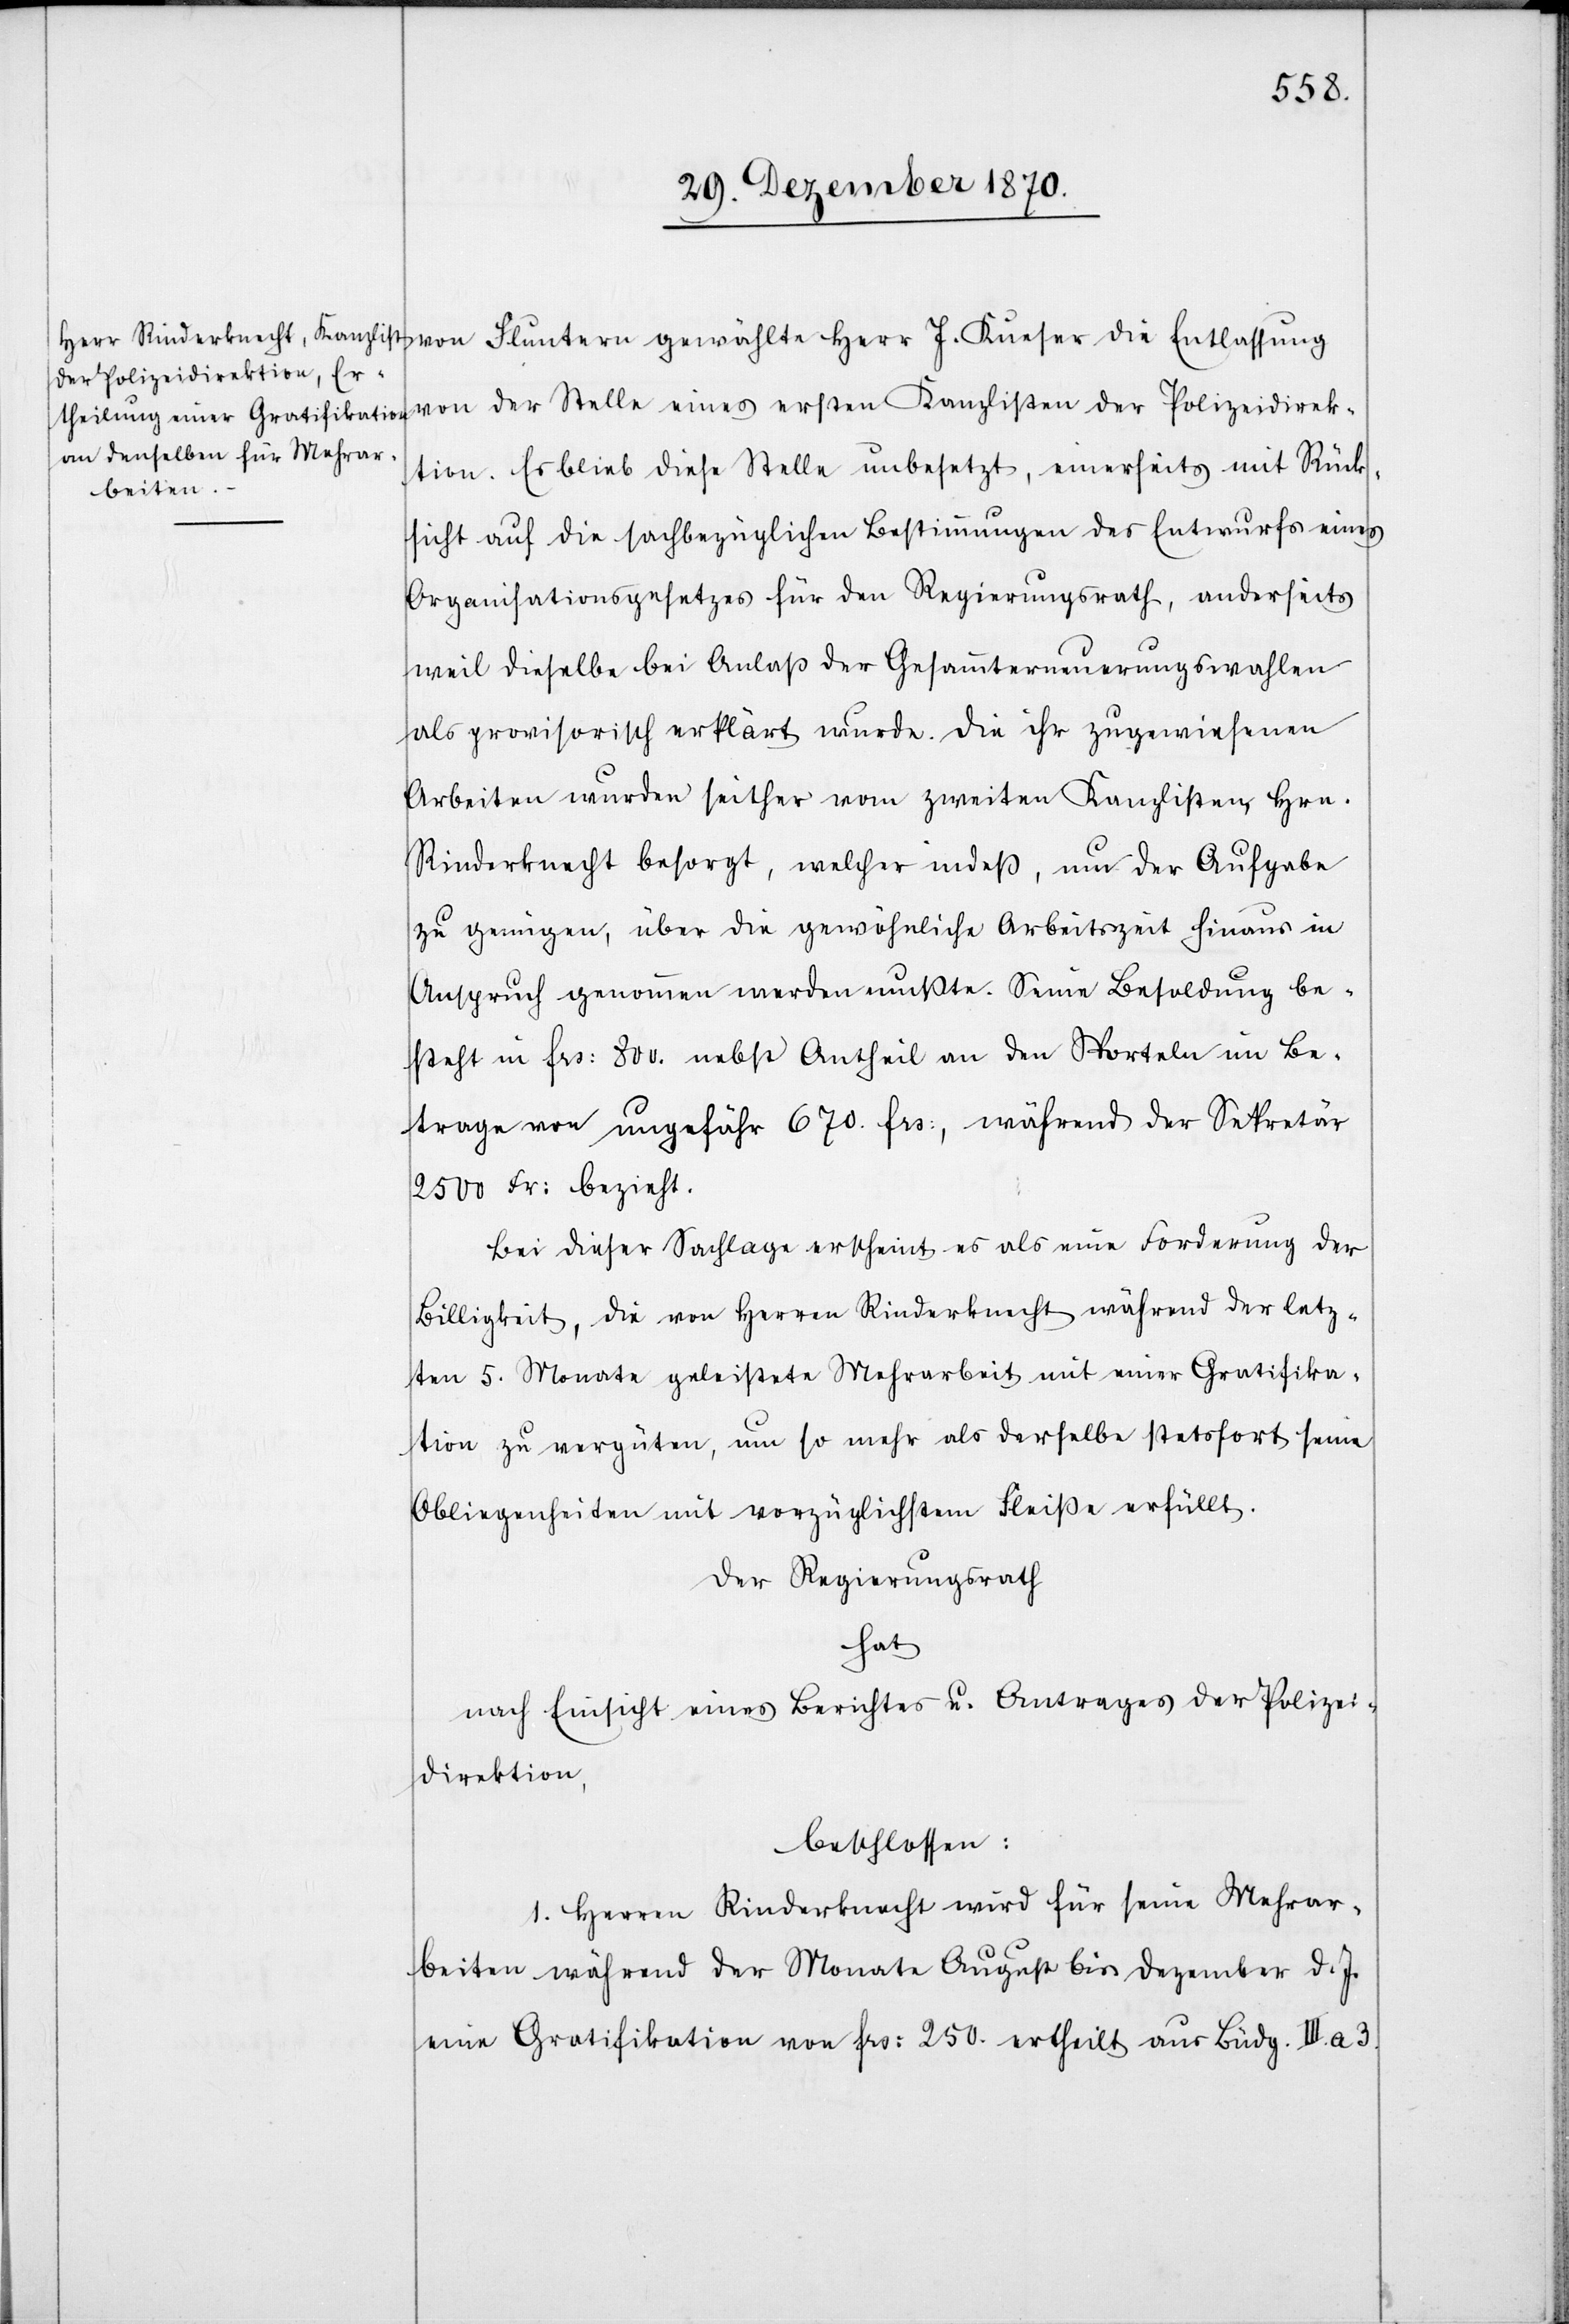
von Fluntern gewählte Herr J. Kuesner die Entlassung
von der Stelle eines ersten Kanzlisten der Polizeidirek¬
tion. Es blieb diese Stelle unbesetzt, einerseits mit Rück¬
sicht auf die sachbezüglichen Bestimmungen des Entwurfes eines
Organisationsgesetzes für den Regierungsrath, anderseits
weil dieselbe bei Anlaß der Gesammterneuerungswahlen
als provisorisch erklärt wurde. Die ihr zugewiesenen
Arbeiten wurden seither vom zweiten Kanzlisten Hrn.
Rinderknecht besorgt, welcher indeß, um der Aufgabe
zu genügen, über die gewöhnliche Arbeitszeit hinaus in
Anspruch genommen werden mußte. Seine Besoldung be¬
steht in Frs: 800. nebst Antheil an den Sporteln im Be¬
trage von ungefähr 670. Frs:, während der Sekretär
2500 Fr: bezieht.
Bei dieser Sachlage erscheint es als eine Forderung der
Billigkeit, die von Herren Rinderknecht während der letz¬
ten 5. Monate geleistete Mehrarbeit mit einer Gratifika¬
tion zu vergüten, um so mehr als derselbe stetsfort seine
Obliegenheiten mit vorzüglichstem Fleiße erfüllt.
Der Regierungsrath
hat
nach Einsicht eines Berichtes u. Antrages der Polizei¬
direktion,
beschlossen:
1. Herren Rinderknecht wird für seine Mehrar¬
beiten während der Monate August bis Dezember d. J.
eine Gratifikation von Frs: 250. ertheilt aus Büdg. III.